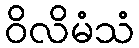
ဝိလိမံသံ